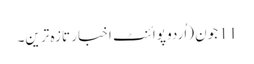
11 جون (اُردو پوائنٹ اخبار تازہ ترین۔